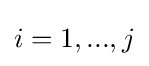
i=1,...,j